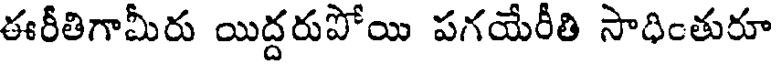
ఈరీతిగామీరు యిద్దరుపోయి పగయేరీతి సాధింతురూ